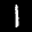
Label: 1